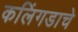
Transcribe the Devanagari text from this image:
कलिंगडाचे